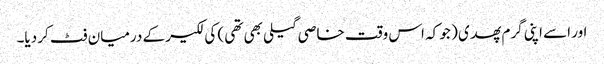
اور اسے اپنی گرم پھدی ( جو کہ اس وقت خاصی گیلی بھی تھی ) کی لکیر کے درمیان فٹ کر دیا۔